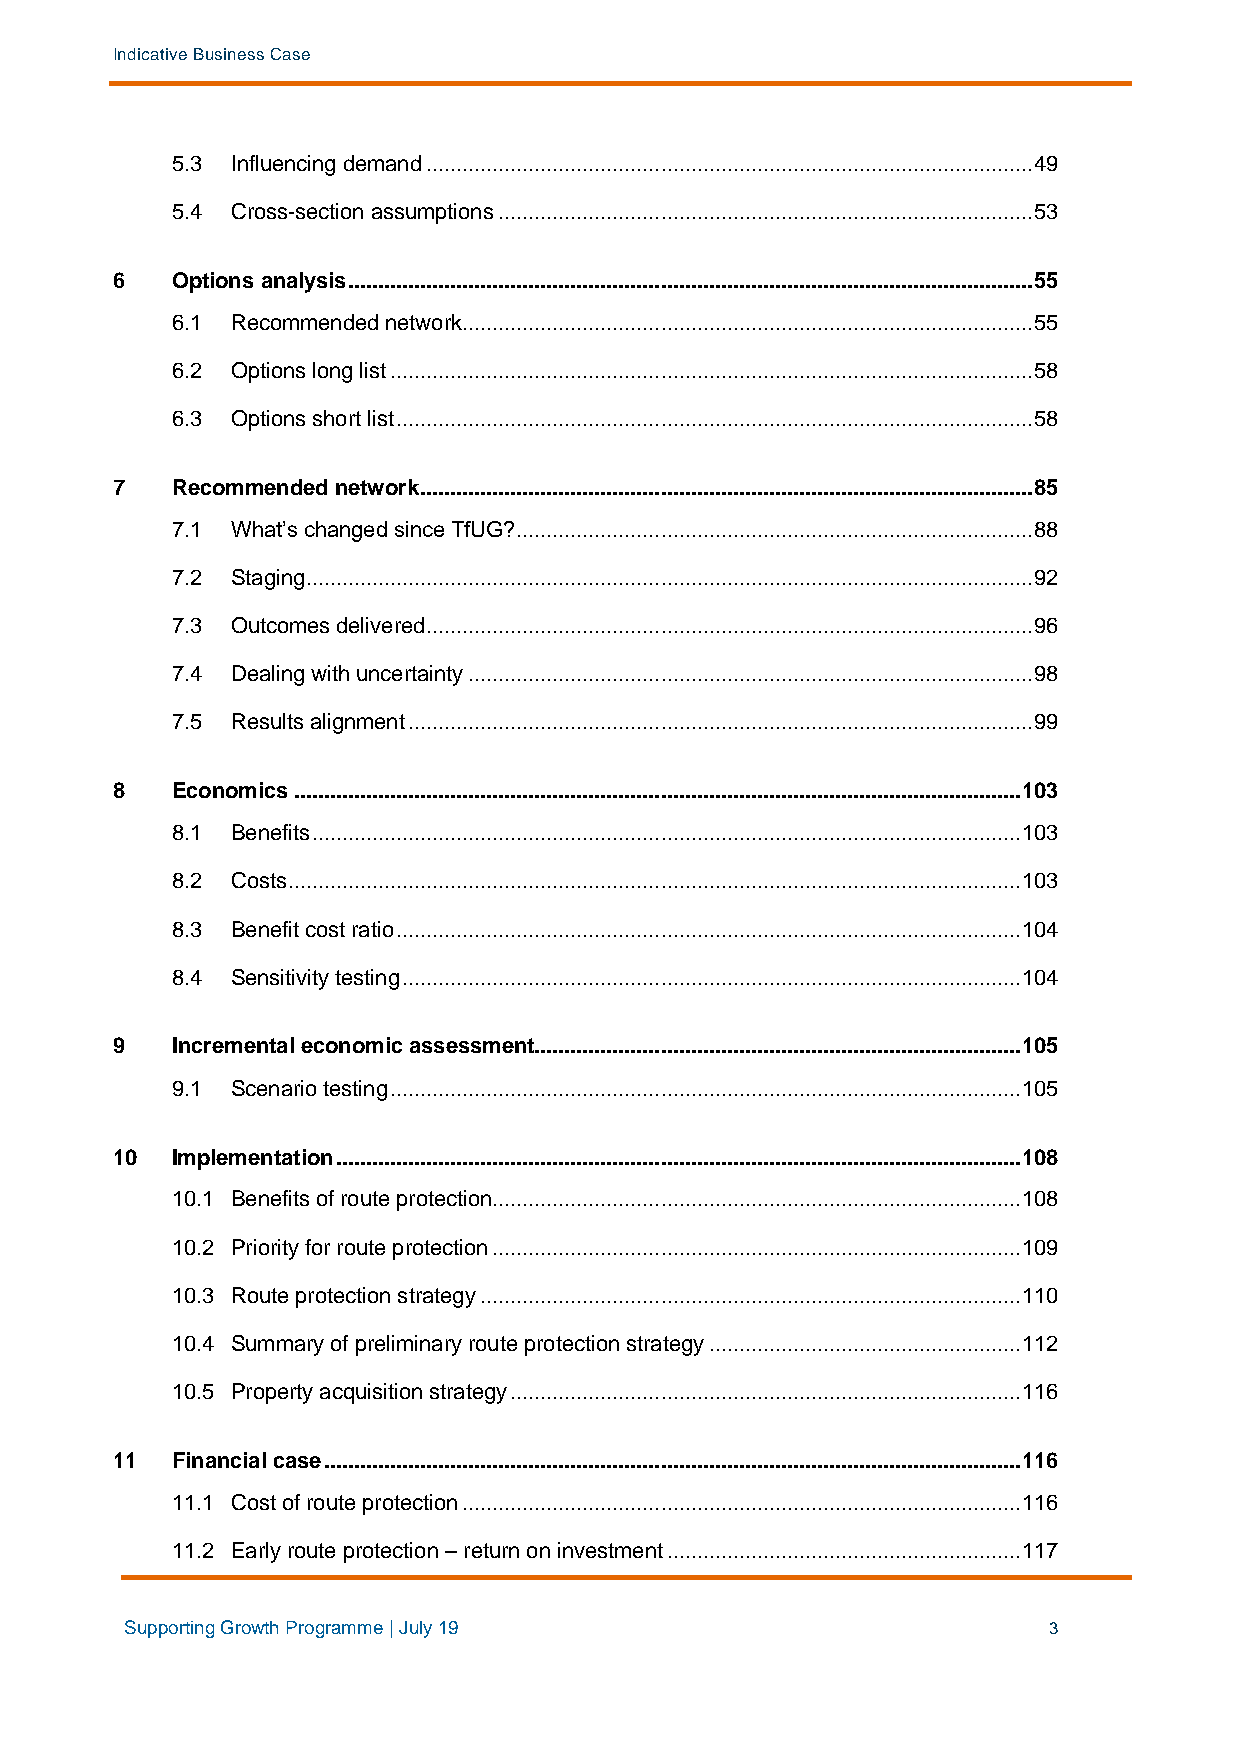
Indicative Business Case
 5.3 Influencing demand ..................................................................................................... 49
 5.4 Cross-section assumptions ......................................................................................... 53
 6   Options analysis .................................................................................................................. 55
 6.1 Recommended network ............................................................................................... 55
 6.2 Options long list ........................................................................................................... 58
 6.3 Options short list .......................................................................................................... 58
 7   Recommended network ...................................................................................................... 85
 7.1 What’s changed since TfUG? ...................................................................................... 88
 7.2 Staging ......................................................................................................................... 92
 7.3 Outcomes delivered ..................................................................................................... 96
 7.4 Dealing with uncertainty .............................................................................................. 98
 7.5 Results alignment ........................................................................................................ 99
 8   Economics ......................................................................................................................... 103
 8.1 Benefits ...................................................................................................................... 103
 8.2 Costs .......................................................................................................................... 103
 8.3 Benefit cost ratio ........................................................................................................ 104
 8.4 Sensitivity testing ....................................................................................................... 104
 9   Incremental economic assessment ................................................................................. 105
 9.1 Scenario testing ......................................................................................................... 105
 10  Implementation .................................................................................................................. 108
 10.1 Benefits of route protection........................................................................................ 108
 10.2 Priority for route protection ........................................................................................ 109
 10.3 Route protection strategy .......................................................................................... 110
 10.4 Summary of preliminary route protection strategy .................................................... 112
 10.5 Property acquisition strategy ..................................................................................... 116
 11  Financial case .................................................................................................................... 116
 11.1 Cost of route protection ............................................................................................. 116
 11.2 Early route protection – return on investment ........................................................... 117
 Supporting Growth Programme | July 19                        3